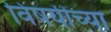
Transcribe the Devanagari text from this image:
विषयींच्या